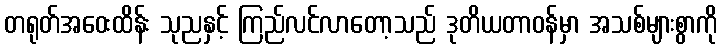
တရုတ်အဝေးထိန်း သုညနှင့် ကြည်လင်လာတော့သည် ဒုတိယတာဝန်မှာ အသစ်များစွာကို